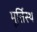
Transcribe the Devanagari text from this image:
मूर्तिस्थ